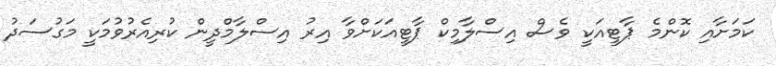
ކަމަށާއި ކޮންމެ ޕާޓީއަކީ ވެސް އިސްލާމިކް ޕާޓީއަކަށްވާ އިރު އިސްލާމްދީން ކުރިއެރުވުމަކީ މަގުސަދު